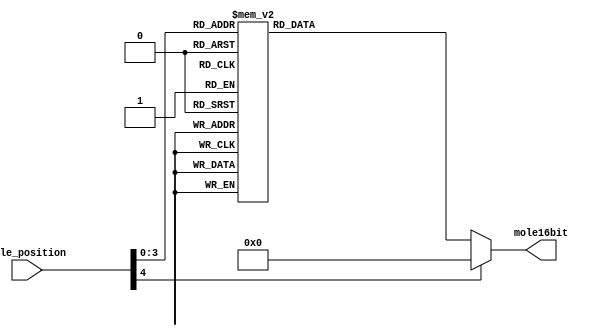
`timescale 1ns / 1ps
module MoleDecoder(mole16bit, mole_position);
	input [4:0]mole_position;
	output [15:0]mole16bit;
	
	reg [15:0]mole16bit;
	
	always @( * )begin
		case(mole_position)
			5'd0: mole16bit = 16'b0000_0000_0000_0001;
			5'd1: mole16bit = 16'b0000_0000_0000_0010;
			5'd2: mole16bit = 16'b0000_0000_0000_0100;
			5'd3: mole16bit = 16'b0000_0000_0000_1000;
			5'd4: mole16bit = 16'b0000_0000_0001_0000;
			5'd5: mole16bit = 16'b0000_0000_0010_0000;
			5'd6: mole16bit = 16'b0000_0000_0100_0000;
			5'd7: mole16bit = 16'b0000_0000_1000_0000;
			5'd8: mole16bit = 16'b0000_0001_0000_0000;
			5'd9: mole16bit = 16'b0000_0010_0000_0000;
			5'd10:mole16bit = 16'b0000_0100_0000_0000;
			5'd11:mole16bit = 16'b0000_1000_0000_0000;
			5'd12:mole16bit = 16'b0001_0000_0000_0000;
			5'd13:mole16bit = 16'b0010_0000_0000_0000;
			5'd14:mole16bit = 16'b0100_0000_0000_0000;
			5'd15:mole16bit = 16'b1000_0000_0000_0000;
			default:
				mole16bit = 16'b0000_0000_0000_0000;
		endcase
	end
	
endmodule